Report on malaria in the Punjab during the year ...  together with an account of the work of the Punjab Malaria Bureau - Volume 6
Disease focus: Malaria
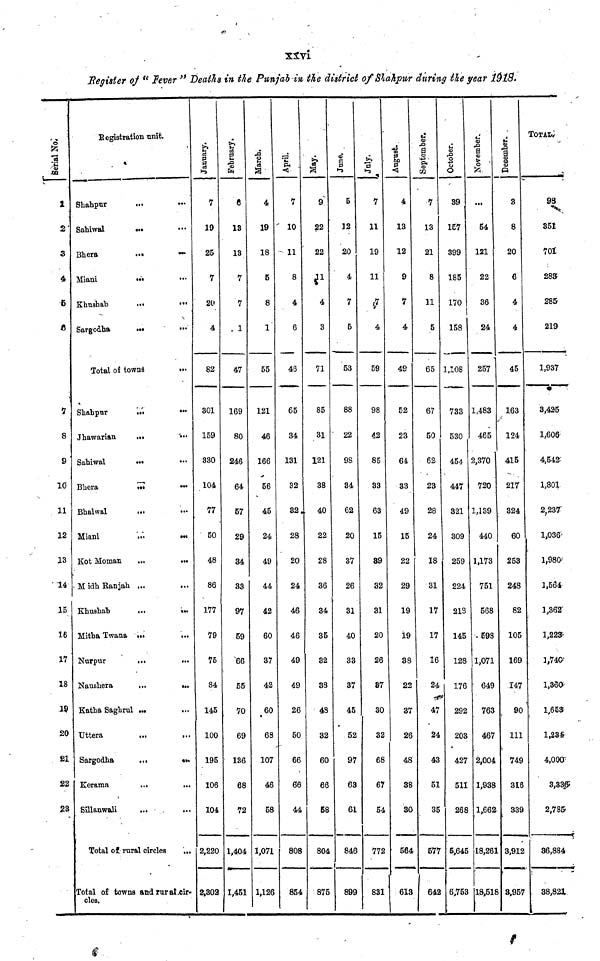
xxvi
Register of " Fever " Deaths in the Punjab in the district of Shahpur during the year 1918.
1
2
3
4
5
6
7
8
9
10
11
12
13
14
15
16
17
18
19
20
21
22
28
Serial No.
Registration unit.
Shahpur
Sahiwal
Bhera
Miani
Khushab
Sargodha
...
...
...
...
...
...
Total of towns
Shahpur
Jhawarian
Sahiwal
Bhera
Bhalwal
Miani
Kot Moman
M idh Ranjah
Khushab
Mitha Twana
Nurpur
Naushera
...
...
...
...
...
...
...
...
...
•••
...
...
Katha Saghrul ...
Uttera
Sargodha
Kerama
Sillanwali
...
...
...
...
Total of rural circles
...
...
...
...
...
...
...
...
...
•••
...
...
...
...
...
...
...
...
...
...
...
...
...
...
Total of towns and rural cir-
cles.
January.
7
19
25
7
20
4
82
301
159
330
104
77
50
48
86
177
79
75
84
145
100
195
106
104
2,220
2,302
February.
6
13
13
7
7
1
47
169
80
246
64
57
29
34
33
97
59
66
55
70
69
136
68
72
1,404
1,451
March.
4
19
18
5
8
1
55
121
46
166
56
45
24
49
44
42
60
37
42
60
68
107
46
58
1,071
1,126
April.
7
10
11
8
4
6
46
65
34
131
32
32
28
20
24
46
46
49
49
26
50
66
66
44
808
854
May.
9
22
22
11
4
3
71
85
31
121
38
40
22
28
36
34
35
32
38
48
32
60
66
58
804
875
June.
5
12
20
4
7
5
53
88
22
98
34
62
20
37
26
31
40
33
37
45
52
97
63
61
846
899
July.
7
11
19
11
7
4
59
98
42
85
33
63
15
89
32
31
20
26
87
30
32
68
67
54
772
831
August.
4
13
12
9
7
4
49
52
23
64
33
49
15
22
29
19
19
38
22
37
26
48
38
30
564
613
September.
7
13
21
8
11
5
65
67
50
62
23
28
24
18
31
17
17
16
24
47
24
43
51
35
577
642
October
39
157
399
185
170
158
1,108
733
530
454
447
321
309
259
224
218
145
128
176
292
203
427
511
268
5,645
6,753
November
...
54
121
22
36
24
257
1,483
465
2,370
720
1,139
440
1,173
751
568
598
1,071
649
763
467
2,004
1,938
1,662
18,261
18,518
December
3
8
20
6
4
4
45
163
124
415
217
324
60
253
243
82
105
169
147
90
111
749
31
339
3,912
3,957
TOTAL.
98
351
701
283
285
219
1,937
3,425
1,606
4,542
1,801
2,237
1,036
1,980
1,564
1,362
1,223
1,740
1,360
1,653
1,234
4,000
3,336
2,785
36,884
38,821